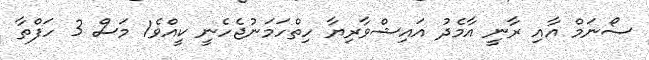
ސޯނަމް އާއި ރާނީ އާމެދު އައިޝްވާރިޔާ ހިތްހަމަނުޖެހެނީ ކީއްވެ1 މަސް 3 ހަފްތާ